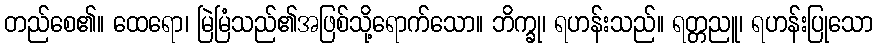
တည်စေ၏။ ထေရော၊ မြဲမြံသည်၏အဖြစ်သို့ရောက်သော။ ဘိက္ခု၊ ရဟန်းသည်။ ရတ္တညူ၊ ရဟန်းပြုသော